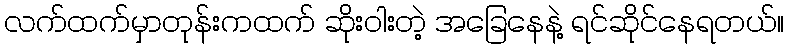
လက်ထက်မှာတုန်းကထက် ဆိုးဝါးတဲ့ အခြေနေနဲ့ ရင်ဆိုင်နေရတယ်။